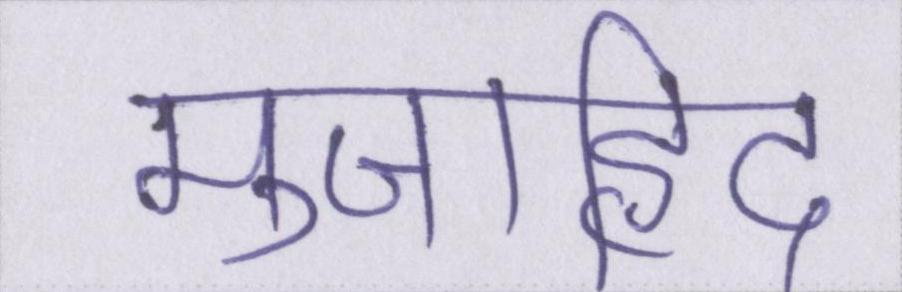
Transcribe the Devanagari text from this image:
मुजाहिद